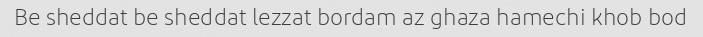
Be sheddat be sheddat lezzat bordam az ghaza hamechi khob bod